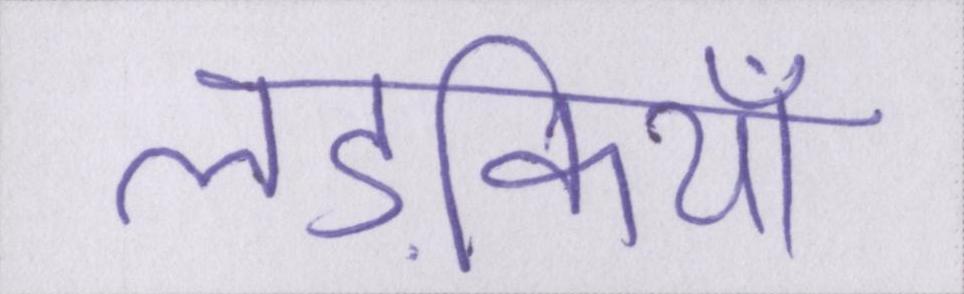
लड़कियाँ